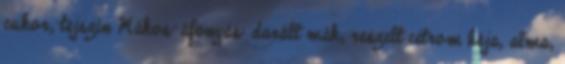
cukor, tejszín Mákos-áfonyás: darált mák, reszelt citrom héja, alma,